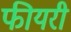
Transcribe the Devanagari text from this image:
फीयरी